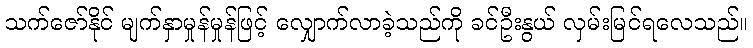
သက်ဇော်နိုင် မျက်နှာမှုန်မှုန်ဖြင့် လျှောက်လာခဲ့သည်ကို ခင်ဦးနွယ် လှမ်းမြင်ရလေသည်။